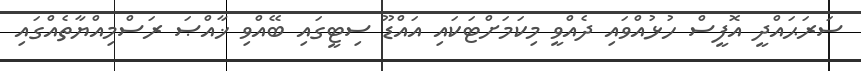
ސަރަޙައްދީ އޮފީސް ހުޅުއްވައި ދެއްވީ މިކަމަށްޓަކައި އައްޑޫ ސިޓީގައި ބޭއްވި ޚާއްޞަ ރަސްމިއްޔާތެއްގައި